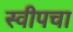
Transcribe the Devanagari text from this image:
स्वीपचा